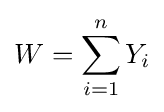
W=\sum _{i=1}^{n}Y_{i}